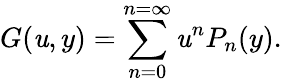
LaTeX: G(\mathit{u},y)=\sum_{n=0}^{n=\infty}\mathit{u}^{n}P_{n}(y).